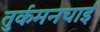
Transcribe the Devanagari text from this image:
तुर्कमनचाई